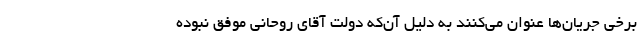
برخی جریان‌ها عنوان می‌کنند به دلیل آن‌که دولت آقای روحانی موفق نبوده